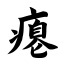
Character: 瘪